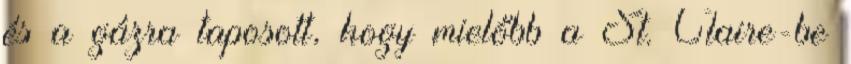
és a gázra taposott, hogy mielőbb a St. Claire-be